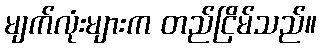
မျက်လုံးများက တည်ငြိမ်သည်။